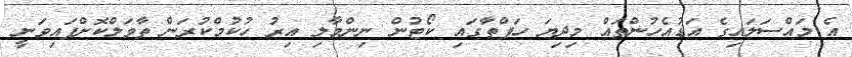
އެ މައްސަލައިގެ އަޑުއެހުންތައް މިދިޔަ ހަފްތާގައި ކޯޓުން ނިންމާލި އިރު ހުކުމްކުރަން ތާވަލްކޮށްފައިވަނީ